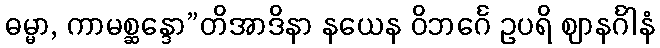
ဓမ္မာ, ကာမစ္ဆန္ဒော”တိအာဒိနာ နယေန ဝိဘင်္ဂေ ဥပရိ ဈာနင်္ဂါနံ